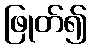
ဖြုတ်၍